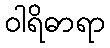
ဝါရိဓာရာ